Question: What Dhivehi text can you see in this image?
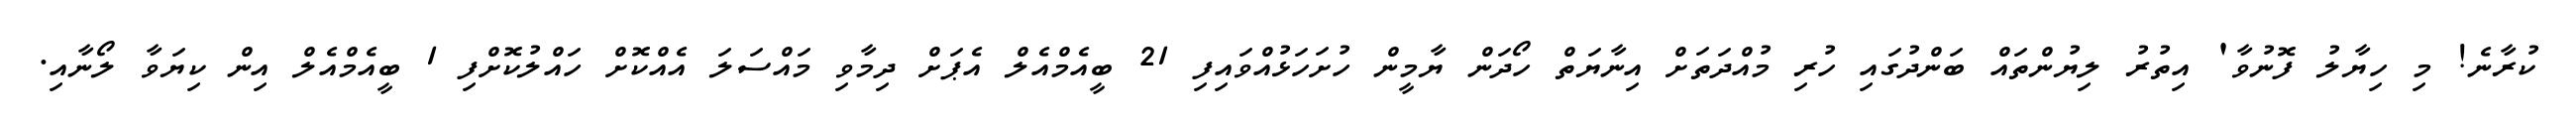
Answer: ކުރާނެ! މި ހިޔާލު ފޮނުވާ' އިތުރު ލިޔުންތައް ބަންދުގައި ހުރި މުއްދަތަށް އިނާޔަތް ހޯދަން ޔާމީން ހުށަހަޅުއްވައިފި 21 ބީއެމްއެލް އެޕަށް ދިމާވި މައްސަލަ އެއްކޮށް ހައްލުކޮށްފި 1 ބީއެމްއެލް އިން ކިޔަވާ ލޯނާއި.